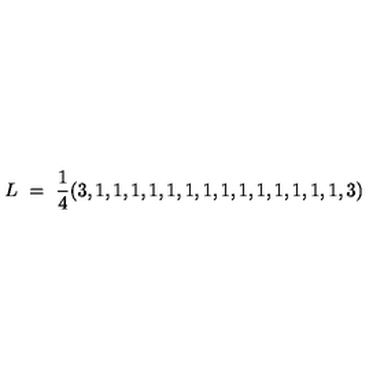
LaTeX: L \ = \ { \frac { 1 } { 4 } } ( 3 , 1 , 1 , 1 , 1 , 1 , 1 , 1 , 1 , 1 , 1 , 1 , 1 , 1 , 1 , 3 )